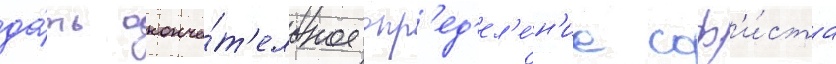
да́ть оконча́т'ельное опр'ед'ел'е́н'ие соф'и́ста